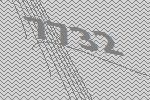
7732